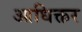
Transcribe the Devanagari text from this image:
आधिक्तर